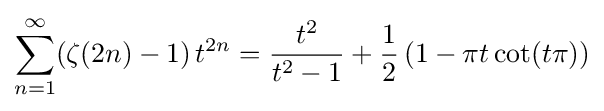
\sum _{n=1}^{\infty }(\zeta (2n)-1)\,t^{2n}={\frac {t^{2}}{t^{2}-1}}+{\frac {1}{2}}\left(1-\pi t\cot(t\pi )\right)